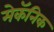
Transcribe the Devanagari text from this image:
मेकॅनिक